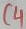
Text: C4